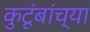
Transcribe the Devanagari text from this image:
कुटूंबांच्या